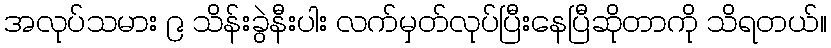
အလုပ်သမား ၉ သိန်းခွဲနီးပါး လက်မှတ်လုပ်ပြီးနေပြီဆိုတာကို သိရတယ်။